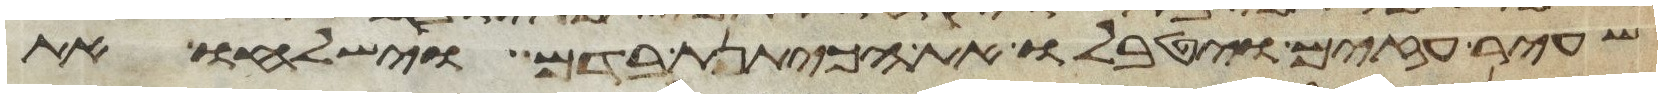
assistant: שעיר עזים ויטבלו את הכיתנת בדם וישלחו את